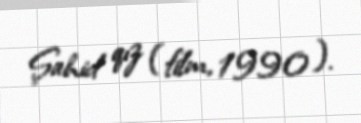
Şahid qız (film, 1990).